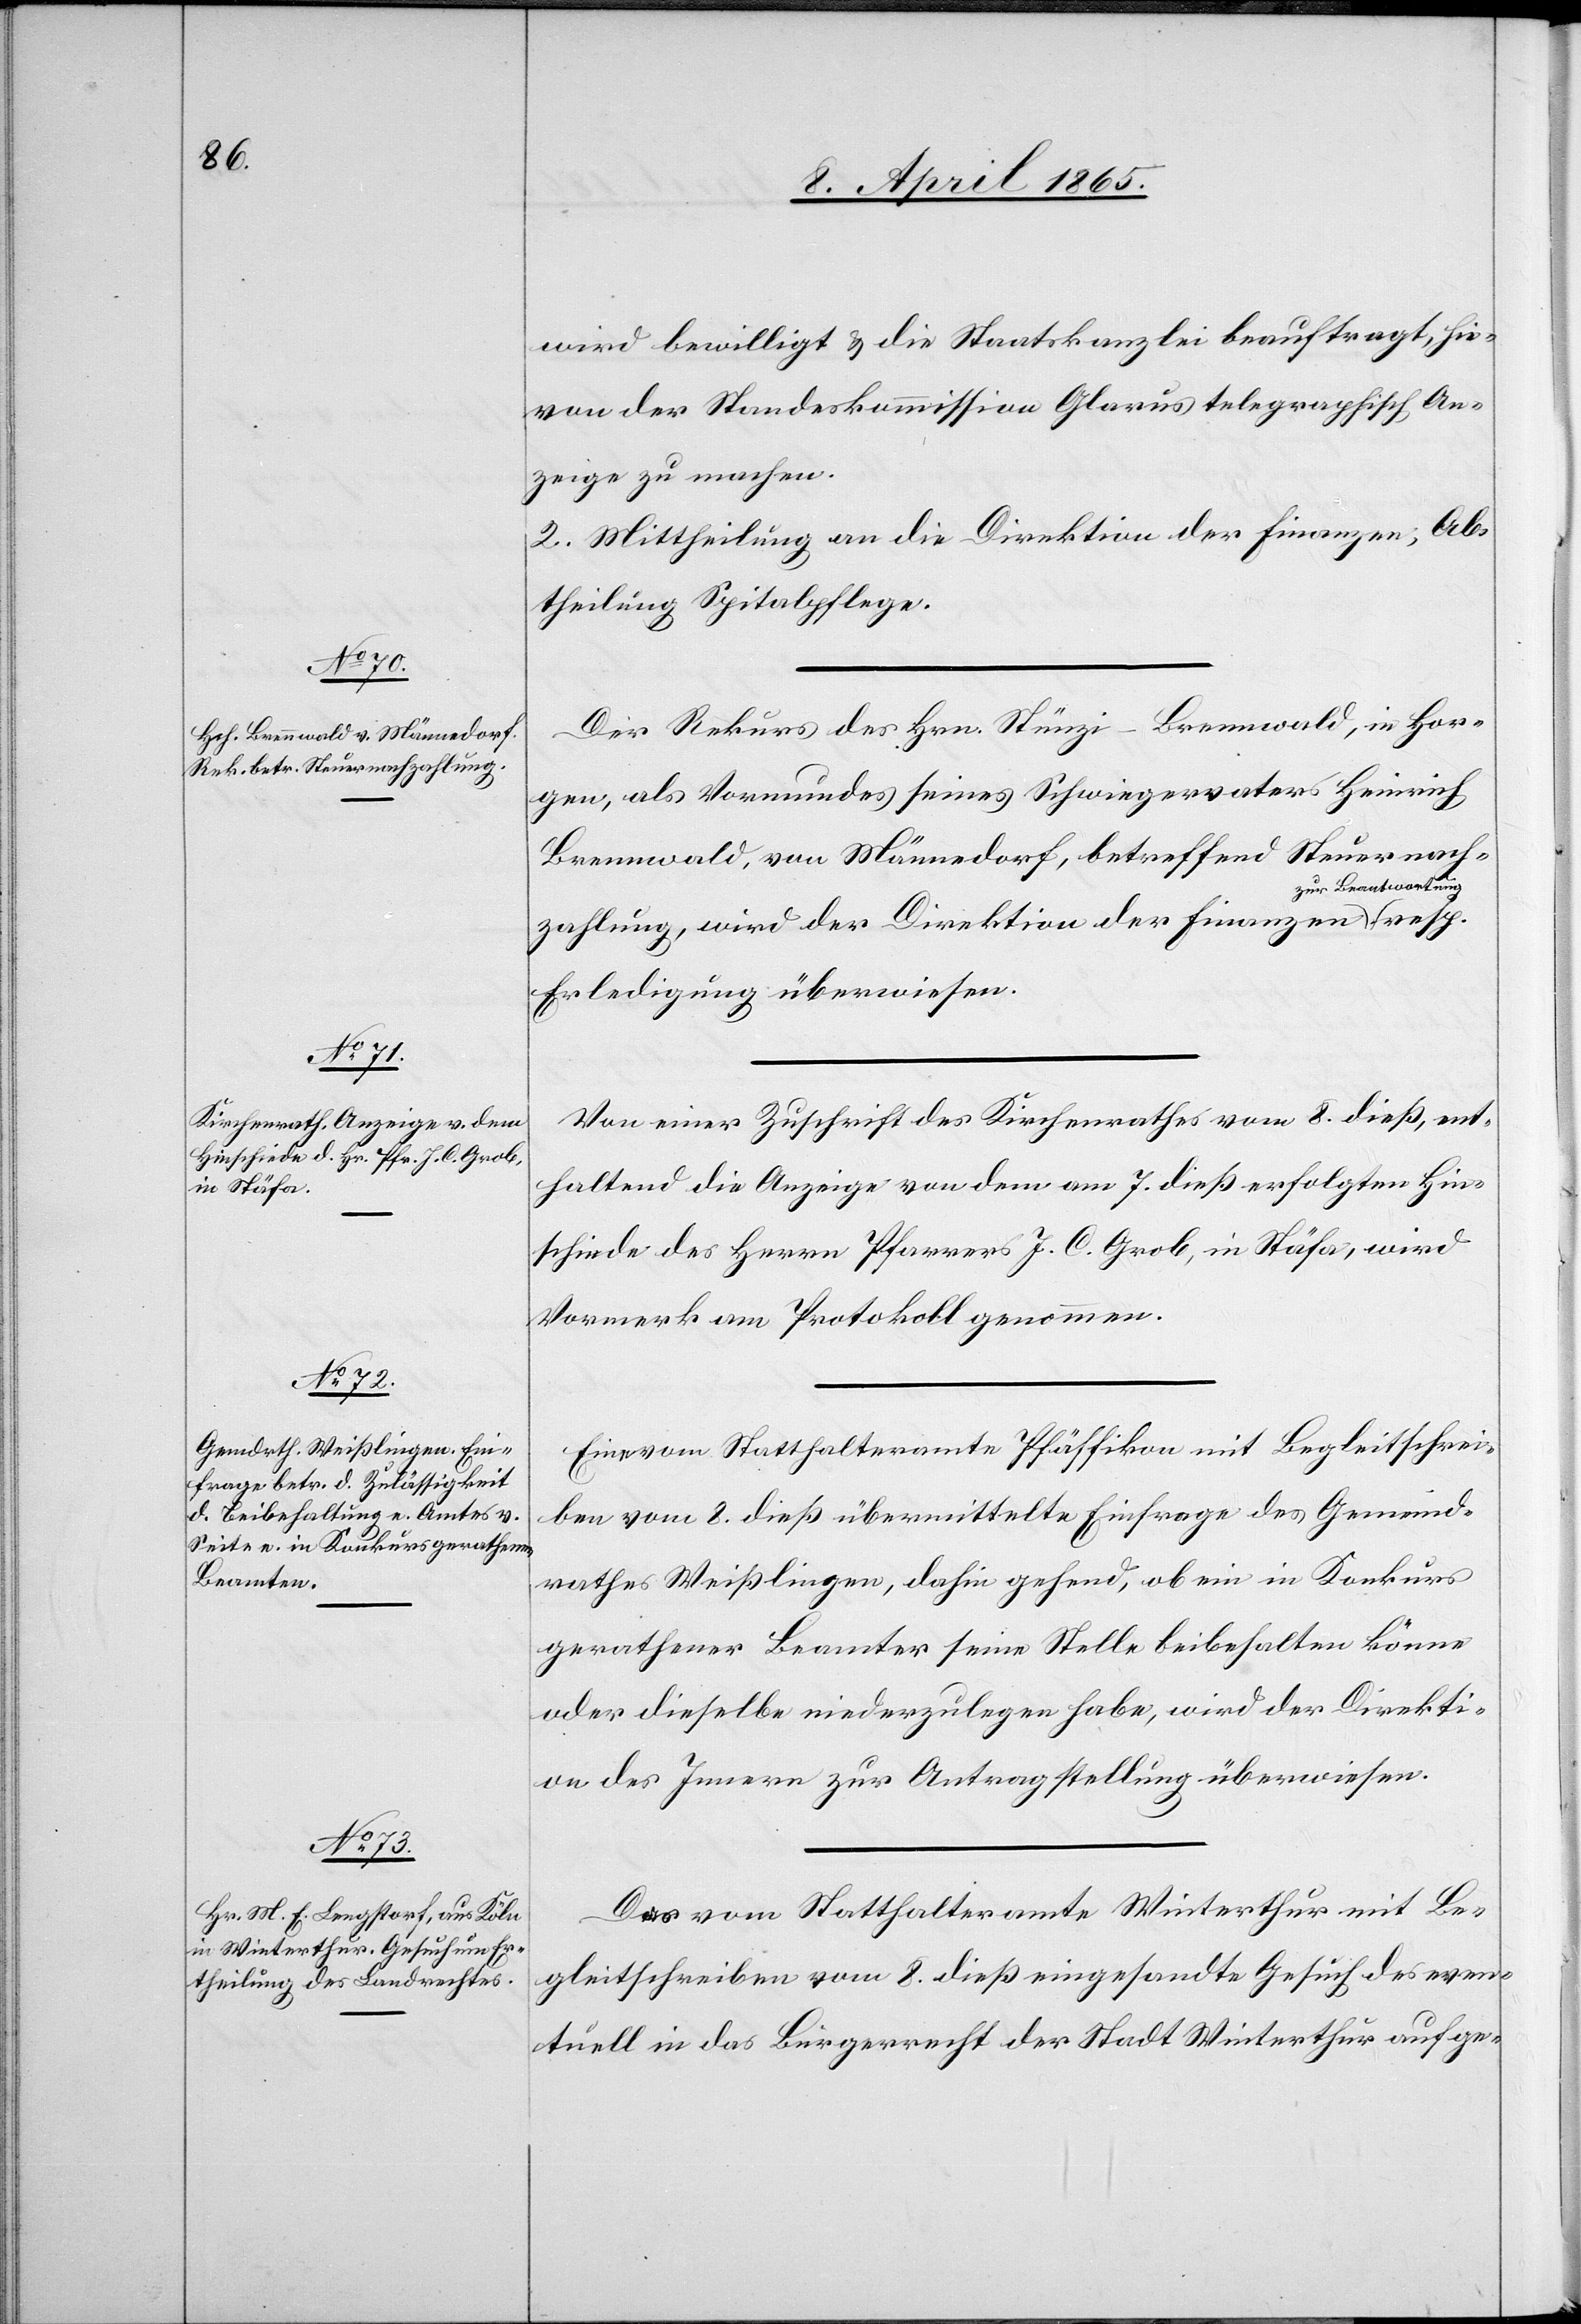
10. April 1865.]
wird bewilligt & die Staatskanzlei beauftragt, hie¬
von der Standeskommission Glarus telegraphisch An¬
zeige zu machen.
2. Mittheilung an die Direktion der Finanzen, Ab¬
theilung Spitalpflege.
Der Rekurs des Hrn. Stünzi-Brennwald, in Hor¬
gen, als Vormundes seines Schwiegervaters Heinrich
Brennwald, von Männedorf, betreffend Steuernach¬
zur Beantwortung
zahlung, wird der Direktion der Finanzen
Erledigung überwiesen.
Von einer Zuschrift des Kirchenrathes vom 8. dieß, ent¬
haltend die Anzeige von dem am 7. dieß erfolgten Hin¬
schiede des Herrn Pfarrers J. C. Grob, in Stäfa, wird
Vormerk am Protokoll genommen.
Eine vom Statthalteramte Pfäffikon mit Begleitschrei¬
ben vom 8. dieß übermittelte Einfrage des Gemeind¬
rathes Weißlingen, dahin gehend, ob ein in Konkurs
gerathener Beamter seine Stelle beibehalten könne
oder dieselbe niederzulegen habe, wird der Direkti¬
on des Innern zur Antragstellung überwiesen.
Das vom Statthalteramte Winterthur mir Be¬
gleitschreiben vom 8. dieß eingesandte Gesuch des even¬
tuell in das Bürgerrecht der Stadt Winterthur aufge-